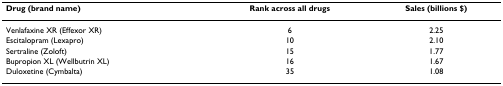
<table><thead><tr><td><b>Drug (brand name)</b></td><td><b>Rank across all drugs</b></td><td><b>Sales (billions $)</b></td></tr></thead><tbody><tr><td>Venlafaxine XR (Effexor XR)</td><td>6</td><td>2.25</td></tr><tr><td>Escitalopram (Lexapro)</td><td>10</td><td>2.10</td></tr><tr><td>Sertraline (Zoloft)</td><td>15</td><td>1.77</td></tr><tr><td>Bupropion XL (Wellbutrin XL)</td><td>16</td><td>1.67</td></tr><tr><td>Duloxetine (Cymbalta)</td><td>35</td><td>1.08</td></tr></tbody></table>